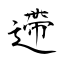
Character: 遰